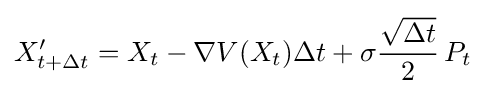
X'_{t+\Delta t}=X_{t}-\nabla V(X_{t})\Delta t+\sigma {\frac {\sqrt {\Delta t}}{2}}\,P_{t}